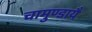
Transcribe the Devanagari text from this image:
चामुण्डायै